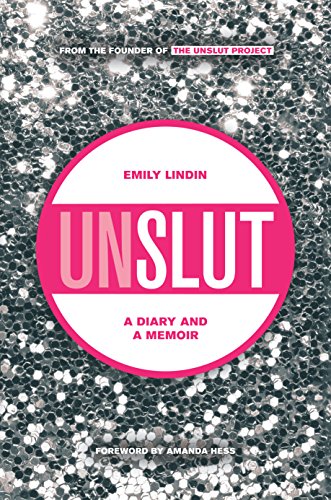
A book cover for UnSlut: A Diary and a Memoir; Emily Lindin; Teen & Young Adult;